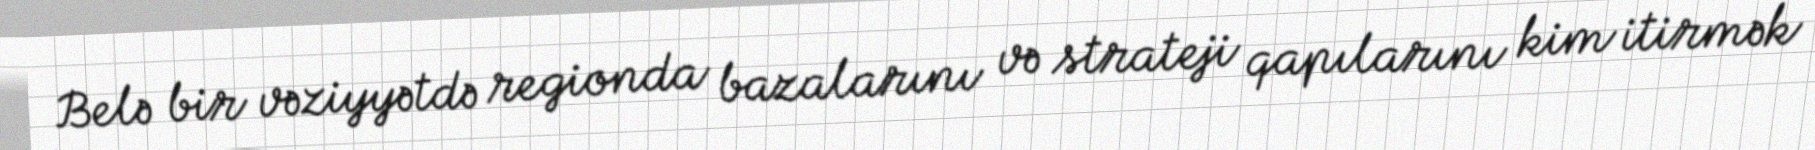
Belə bir vəziyyətdə regionda bazalarını və strateji qapılarını kim itirmək